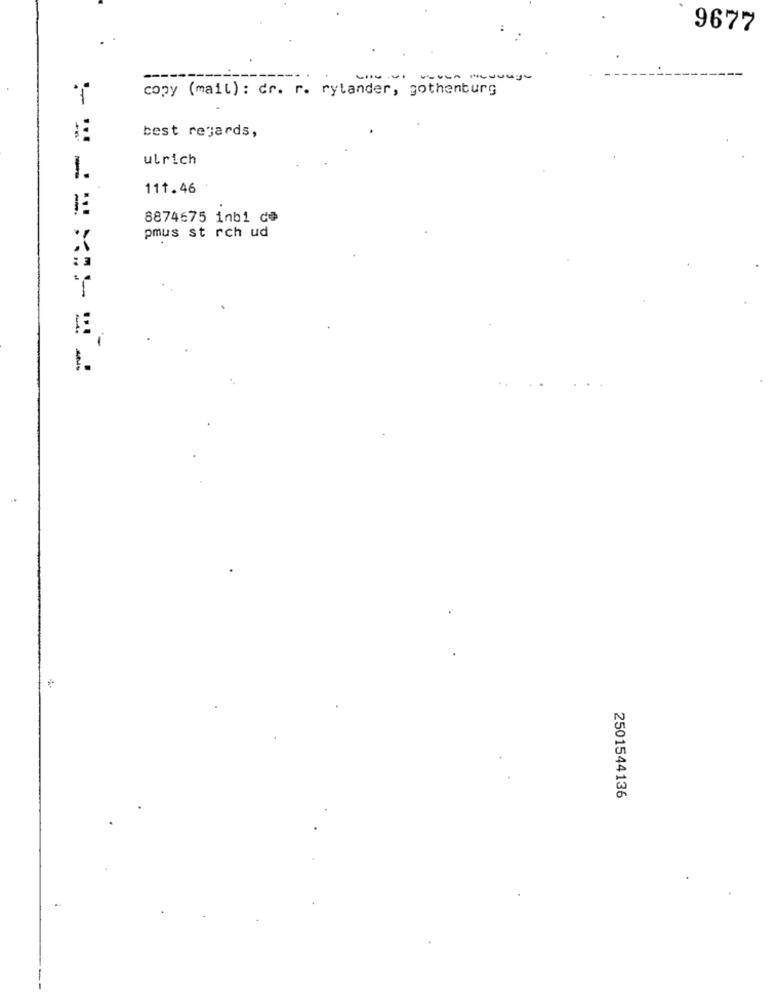
9677
--------
---- -----
copy (mail) : dr. r. rytander, gothenburg
best regards,
:- ..
ulrich
1.
111.46
8874675 inb1 d@
pmus st rch ud
: 1
2501544136